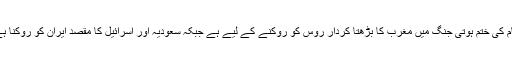
شام کی ختم ہوتی جنگ میں مغرب کا بڑھتا کردار روس کو روکنے کے لیے ہے جبکہ سعودیہ اور اسرائیل کا مقصد ایران کو روکنا ہے۔